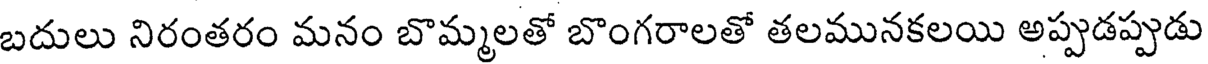
బదులు నిరంతరం మనం బొమ్మలతో బొంగరాలతో తలమునకలయి అప్పుడప్పుడు